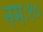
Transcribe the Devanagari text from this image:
नमः१०